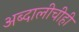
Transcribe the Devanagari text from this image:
अब्दालीचीही